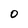
Character: O